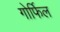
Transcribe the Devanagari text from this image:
गोर्फिल